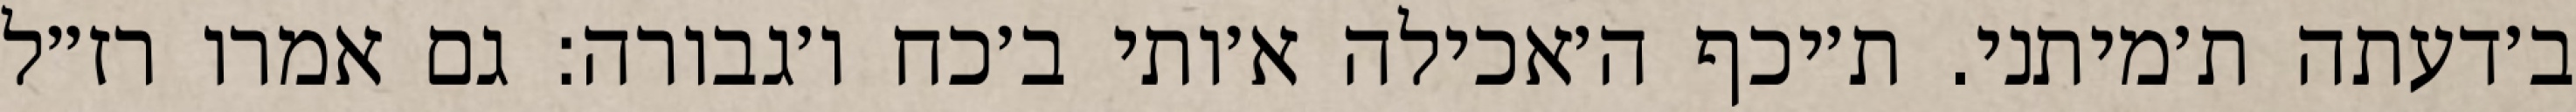
ב׳דעתה ת׳מיתני. ת׳יכף ה׳אכילה א׳ותי ב׳כח ו׳גבורה: גם אמרו רז״ל